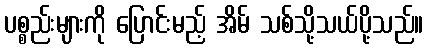
ပစ္စည်းများကို ပြောင်းမည့် အိမ် သစ်သို့သယ်ပို့သည်။